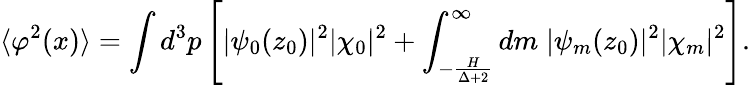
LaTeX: \langle\varphi^{2}(x)\rangle=\int d^{3}p\left[|\psi_{0}(z_{0})|^{2}|\chi_{0}|^{2}+\int_{-\frac{H}{\Delta+2}}^{\infty}dm\; |\psi_{m}(z_{0})|^{2}|\chi_{m}|^{2}\right].